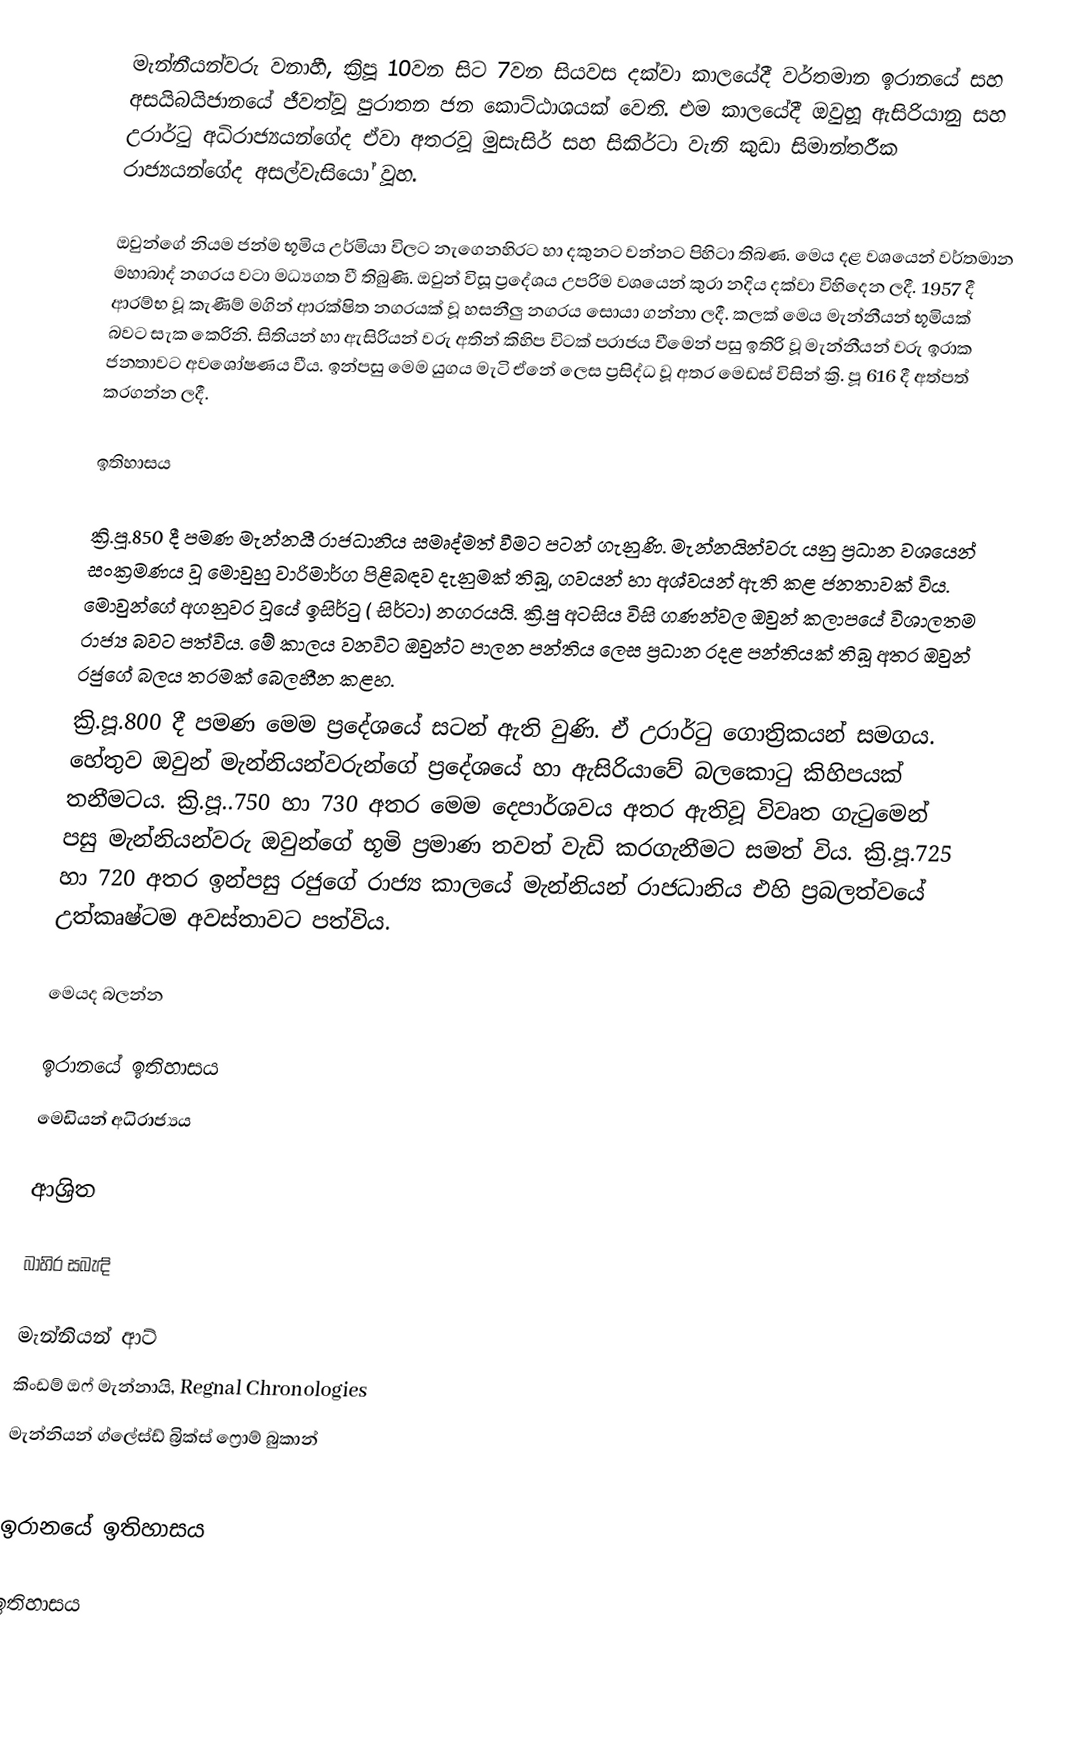
මැන්නීයන්වරු  වනාහී, ක්‍රිපූ 10වන සි‍ට 7වන සියවස දක්වා කාලයේදී   වර්තමාන ඉරානයේ සහ අසයිබයිජානයේ ජීවත්වූ පුරාතන ජන කොට්ඨාශයක් වෙති. එම කාලයේදී ඔවුහූ ඇසිරියානු සහ උරාර්ටු අධිරාජ්‍යයන්ගේද ඒවා අතරවූ මුසැසිර් සහ සිකිර්ටා වැනි කුඩා සිමාන්තරීක රාජ්‍යයන්ගේද අසල්වැසියෝ වූහ.

ඔවුන්ගේ නියම ජන්ම භූමිය උර්මියා විලට නැගෙනහිරට හා දකුනට වන්නට පිහිටා තිබණ. මෙය දළ වශයෙන් වර්තමාන මහාබාද් නගරය වටා මධ්‍යගත වී තිබුණි. ඔවුන් විසූ ප්‍රදේශය උපරිම වශයෙන් කුරා නදිය දක්වා විහිදෙන ලදී. 1957 දී ආරම්භ වූ කැණීම් මගින් ආරක්ෂිත නගරයක් වූ හසනීලු නගරය සොයා ගන්නා ලදී. කලක් මෙය මැන්නීයන් භූමියක් බවට සැක කෙරිනි. සිතියන් හා ඇසිරියන් වරු අතින් කිහිප විටක් පරාජය වීමෙන් පසු ඉතිරි වූ මැන්නීයන් වරු ඉරාක ජනතාවට අවශෝෂණය වීය. ඉන්පසු මෙම යුගය මැටි ඒනේ ලෙස ප්‍රසිද්ධ වූ අතර මෙඩස් විසින් ක්‍රි. පූ 616 දී අත්පත් කරගන්න ලදී.

ඉතිහාසය

ක්‍රි.පූ.850 දී පමණ මැන්නයී රාජධානිය සමෘද්මත් වීමට පටන් ගැනුණි. මැන්නයින්වරු යනු ප්‍රධාන වශයෙන් සංක්‍රමණය වූ මොවුහු වාරිමාර්ග පිළිබඳව දැනුමක් තිබූ, ගවයන් හා අශ්වයන් ඇති කළ ජනතාවක් විය. මොවුන්ගේ අගනුවර වූයේ ඉසිර්ටු ( සිර්ටා) නගරයයි. ක්‍රි.පු අටසිය විසි ගණන්වල ඔවුන් කලාපයේ විශාලතම රාජ්‍ය බවට පත්විය. මේ කාලය වනවිට ඔවුන්ට පාලන පන්තිය ලෙස ප්‍රධාන රදළ පන්තියක් තිබූ අතර ඔවුන් රජුගේ බලය තරමක් බෙලහීන කළහ.
ක්‍රි.පූ.800 දී පමණ මෙම ප්‍රදේශයේ සටන් ඇති වුණි. ඒ උරාර්ටු ගොත්‍රිකයන් සමගය. හේතුව ඔවුන් මැන්නියන්වරුන්ගේ ප්‍රදේශයේ හා ඇසිරියාවේ බලකොටු කිහිපයක් තනීමටය. ක්‍රි.පූ..750 හා 730 අතර මෙම දෙපාර්ශවය අතර ඇතිවූ විවෘත ගැටුමෙන් පසු මැන්නියන්වරු ඔවුන්ගේ භූමි ප්‍රමාණ තවත් වැඩි කරගැනීමට සමත් විය. ක්‍රි.පූ.725 හා 720 අතර ඉන්පසු රජුගේ රාජ්‍ය කාලයේ මැන්නියන් රාජධානිය එහි ප්‍රබලත්වයේ උත්කෘෂ්ටම අවස්තාවට පත්විය.

මෙයද බලන්න

ඉරානයේ ඉතිහාසය
මෙඩියන් අධිරාජ්‍යය

ආශ්‍රිත

බාහිර සබැඳි

මැන්නියන් ආට්
කිංඩම් ඔෆ් මැන්නායි, Regnal Chronologies
මැන්නියන් ග්ලේස්ඩ් බ්‍රික්ස් ෆ්‍රොම් බුකාන්

ඉරානයේ ඉතිහාසය

ඉතිහාසය